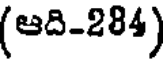
(ఆది-284)